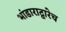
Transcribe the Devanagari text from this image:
भांडाराद्वारेच